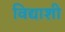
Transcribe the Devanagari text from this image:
विद्याशी